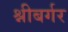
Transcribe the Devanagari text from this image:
श्नीबर्गर